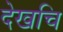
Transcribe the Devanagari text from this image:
देखचि